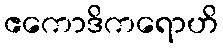
ဧကောဒိကရောဟိ